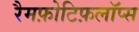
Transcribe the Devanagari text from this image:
रैमफ़ोटिफ़लॉप्स